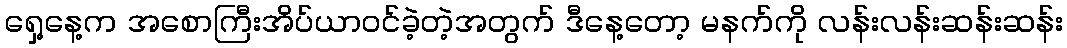
ရှေ့နေ့က အစောကြီးအိပ်ယာ၀င်ခဲ့တဲ့အတွက် ဒီနေ့တော့ မနက်ကို လန်းလန်းဆန်းဆန်း